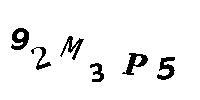
92MP5